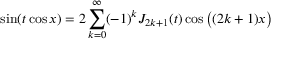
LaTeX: \sin ( t \cos x ) = 2 \sum _ { k = 0 } ^ { \infty } ( - 1 ) ^ { k } J _ { 2 k + 1 } ( t ) \cos { \big ( } ( 2 k + 1 ) x { \big ) }